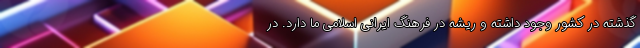
گذشته در کشور وجود داشته و ریشه در فرهنگ ایرانی اسلامی ما دارد. در